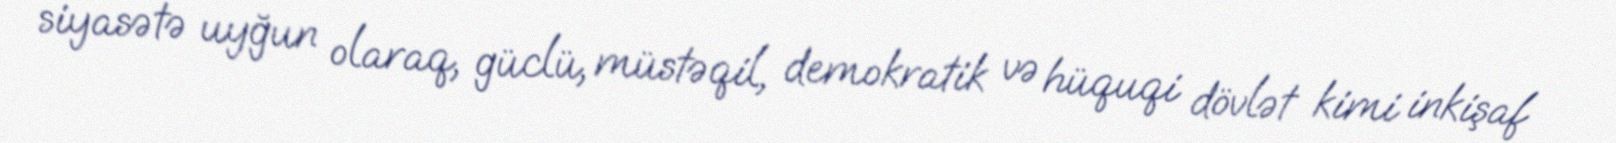
siyasətə uyğun olaraq, güclü, müstəqil, demokratik və hüquqi dövlət kimi inkişaf